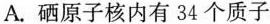
A.硒原子核内有34个质子